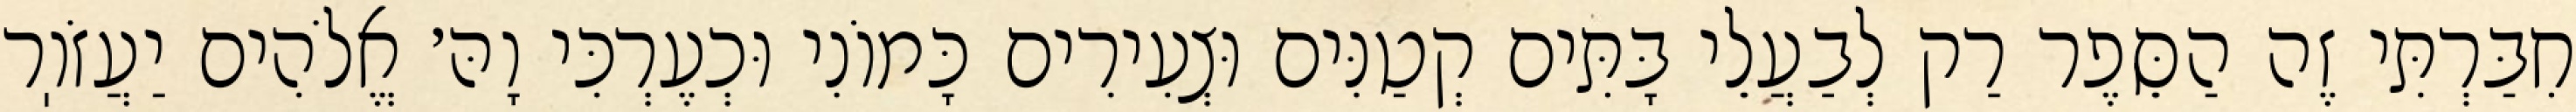
חִבַּרְתִּי זֶה הַסֵּפֶר רַק לְבַעֲלֵי בָּתִּים קְטַנִּים וּצְעִירִים כָּמוֹנִי וּכְעֶרְכִּי וָהּ׳ אֱלֹהִים יַעֲזֹוֽר